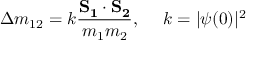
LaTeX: \Delta m _ { 1 2 } = k \frac { \bf { { \vec { S } _ { 1 } } \cdot { \vec { S } _ { 2 } } } } { m _ { 1 } m _ { 2 } } , ~ ~ ~ ~ k = | \psi ( 0 ) | ^ { 2 }